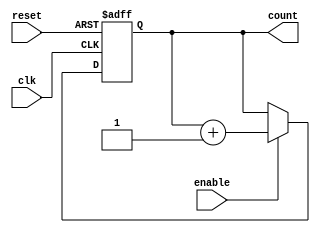
module async_reset_sync_counter (
    input wire clk,          // Clock signal
    input wire reset,        // Asynchronous reset signal
    input wire enable,       // Enable signal for counting
    output reg [n-1:0] count // Counter value (n-bit wide)
);

parameter n = 4; // Define the bit-width of the counter (can be adjusted)

always @(posedge clk or posedge reset) begin
    if (reset) begin
        count <= 0; // Reset counter to 0 asynchronously
    end else if (enable) begin
        count <= count + 1; // Increment counter on clock rising edge if enabled
    end
end

endmodule